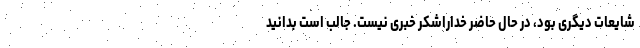
شایعات دیگری بود، در حال حاضر خداراشکر خبری نیست. جالب است بدانید